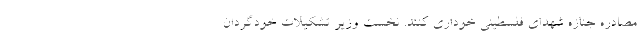
مصادره جنازه شهدای فلسطینی خوداری کنند. نخست وزیر تشکیلات خودگردان